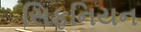
સિફનિયન